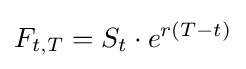
F_{t,T}=S_{t}\cdot e^{r(T-t)}